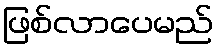
ဖြစ်လာပေမည်